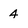
Character: 4